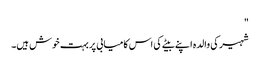
"
شہیر کی والدہ اپنے بیٹے کی اس کامیابی پر بہت خوش ہیں۔